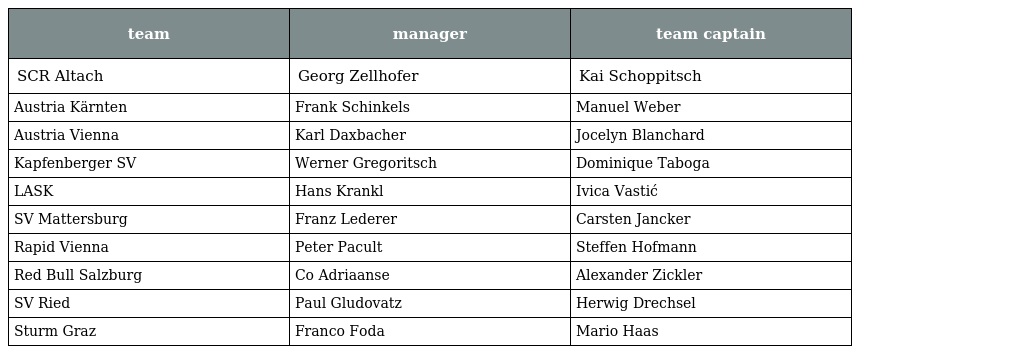
| team | manager | team captain |
 | --- | --- | --- |
 | SCR Altach | Georg Zellhofer | Kai Schoppitsch |
 | Austria Kärnten | Frank Schinkels | Manuel Weber |
 | Austria Vienna | Karl Daxbacher | Jocelyn Blanchard |
 | Kapfenberger SV | Werner Gregoritsch | Dominique Taboga |
 | LASK | Hans Krankl | Ivica Vastić |
 | SV Mattersburg | Franz Lederer | Carsten Jancker |
 | Rapid Vienna | Peter Pacult | Steffen Hofmann |
 | Red Bull Salzburg | Co Adriaanse | Alexander Zickler |
 | SV Ried | Paul Gludovatz | Herwig Drechsel |
 | Sturm Graz | Franco Foda | Mario Haas |